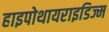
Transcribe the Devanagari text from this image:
हाइपोथायराइडिज्म